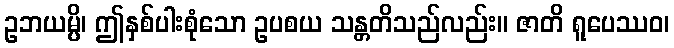
ဥဘယမ္ပိ၊ ဤနှစ်ပါးစုံသော ဥပစယ သန္တတိသည်လည်း။ ဇာတိ ရူပေဿဝ၊